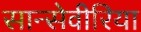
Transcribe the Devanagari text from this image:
सान्सेवीरिया